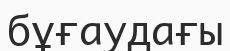
бұғаудағы